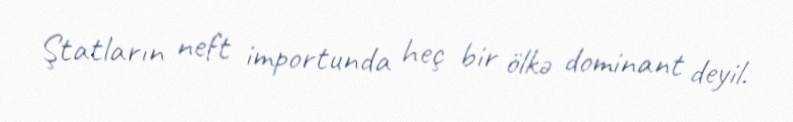
Ştatların neft importunda heç bir ölkə dominant deyil.